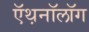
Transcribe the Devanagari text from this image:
ऍथ़नॉलॉग